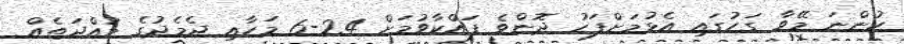
ހުންނަ މޭވާ ގަހުގައި އެޅުމަށްފަހު ދޮންވެ ފައްކާވުމަށް 24-6 މަހާއި ދެމެދުގެ މުއްދަތެއް